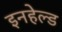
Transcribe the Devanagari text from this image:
इनहेल्ड